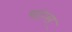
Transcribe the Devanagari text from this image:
चांग्स